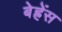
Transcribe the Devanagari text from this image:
बेह्रेंस